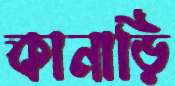
কানাড়ি